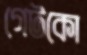
গেটকো